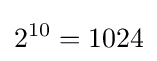
2^{10}=1024